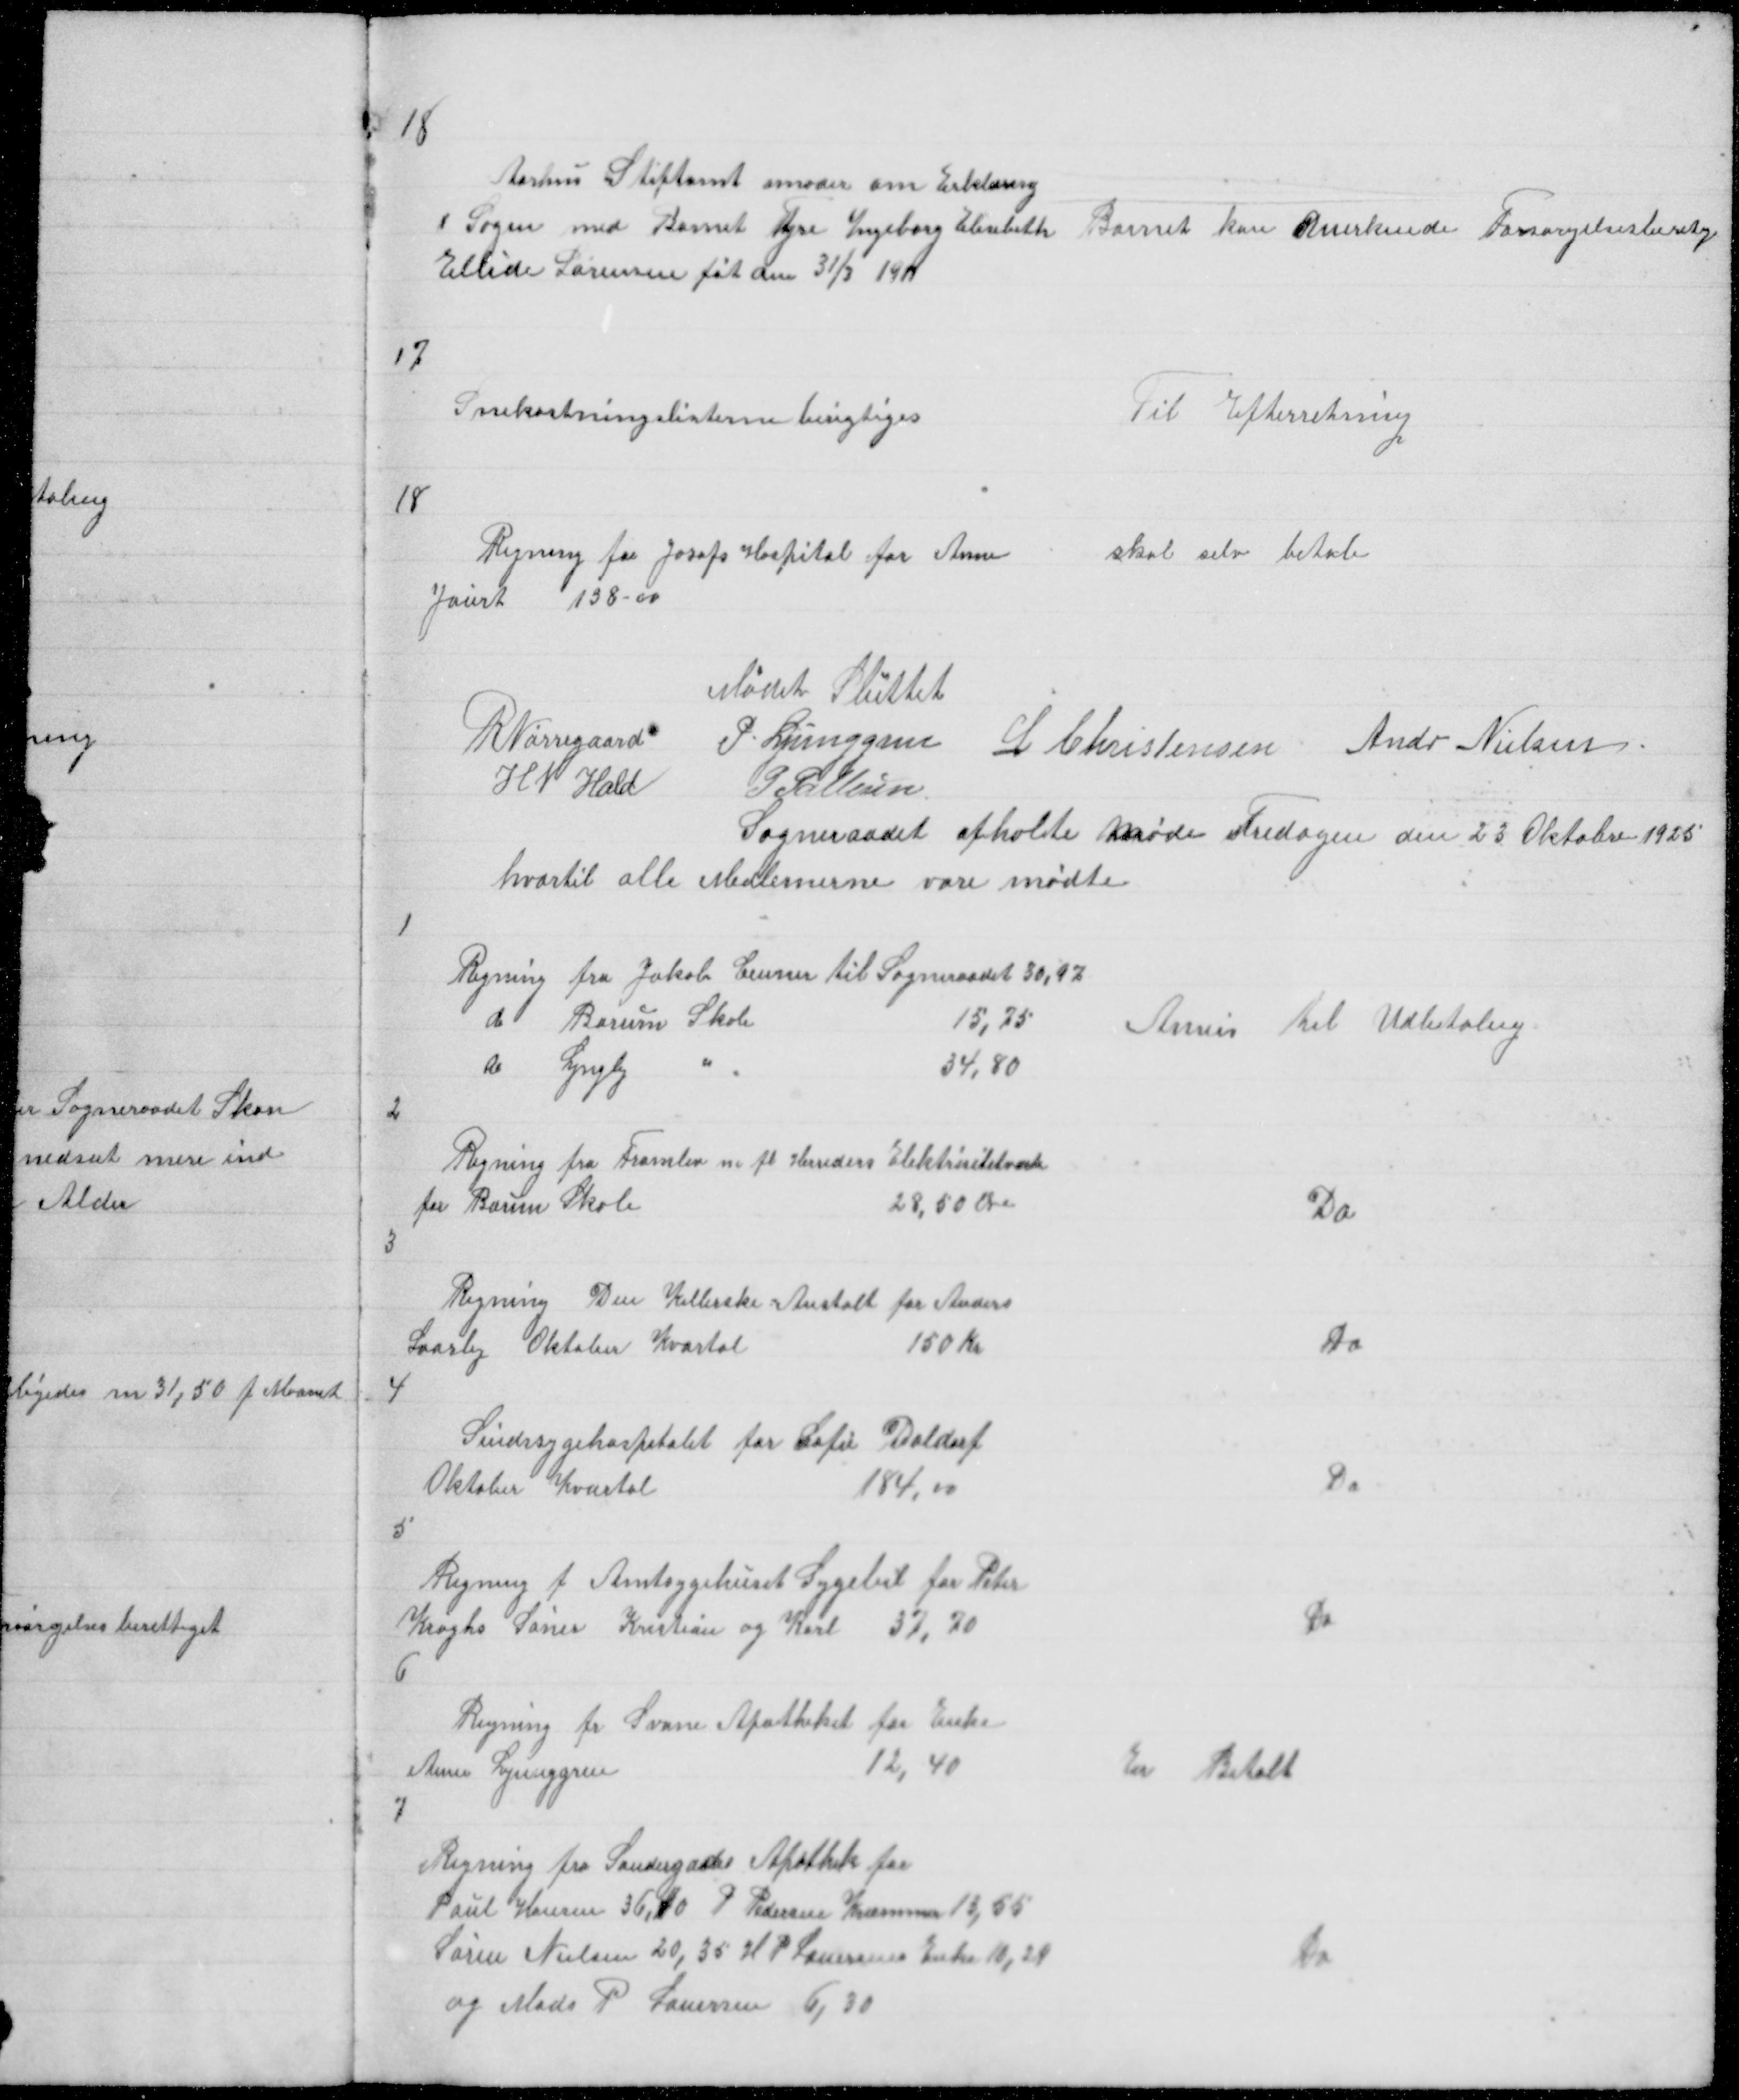
Transskription:
18
Aarhus Stiftamt amoder om Erklæring
I Sagen med Barnet Tyre Ingeborg Elisebeth
Ellide Sørensen føt den 31/3  1911

Barnet kan Anerkende Forsørgelsesberetg

17

Snekastninglisterne berigtiges

Til Efterretning

18

Regning for Josefs Hospital for Anne
Jaurt
138 - 00

skal selv betale

Mødet Sluttet
R Nørregaard P. Ljunggren L Christensen Andr Nielsen
H N Hald
P Pallesen
Sogneraadet afholte Møde Fredagen den 23 Oktober 1925
hvortil alle Medlemerne vare mødte

1

Regning fra Jakob Ceuner til Sogneraadet 30,97
d Borum Skole
15,75
do Lyngby
"
34,80

Anvis til Udbetaling

2

Regning fra Framlev m fl Herreders Elektrisitetværk
for Borum Skole
28,50 Øre

Do

3

Regning fra Den Kellerske Anstalt for Anders
Laasby Oktober Kvartal
150 Kr

Do

4

Sindssygehospitalet for Sofie Daldorf
Oktober Kvartal
184,00

Do

5

Regning fra Amtsygehuset Sygebil for Peter
Kroghs Søner Kristian og Karl 37,70
6

Do

Regning fr Svane Apotheket for Enke
Anne Ljunggren
12,40
7

Er Betalt

Regning fra Søndergades Apothek for
Poul Hansen 36,10 P Pedersen Kræmmer 13,55
Søren Nielsen 20,35 H P Lauersens Enke 10,29
og Mads P Lauersen 6,30

Do